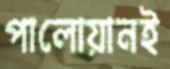
পালোয়ানই